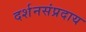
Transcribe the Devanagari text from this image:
दर्शनसंप्रदाय